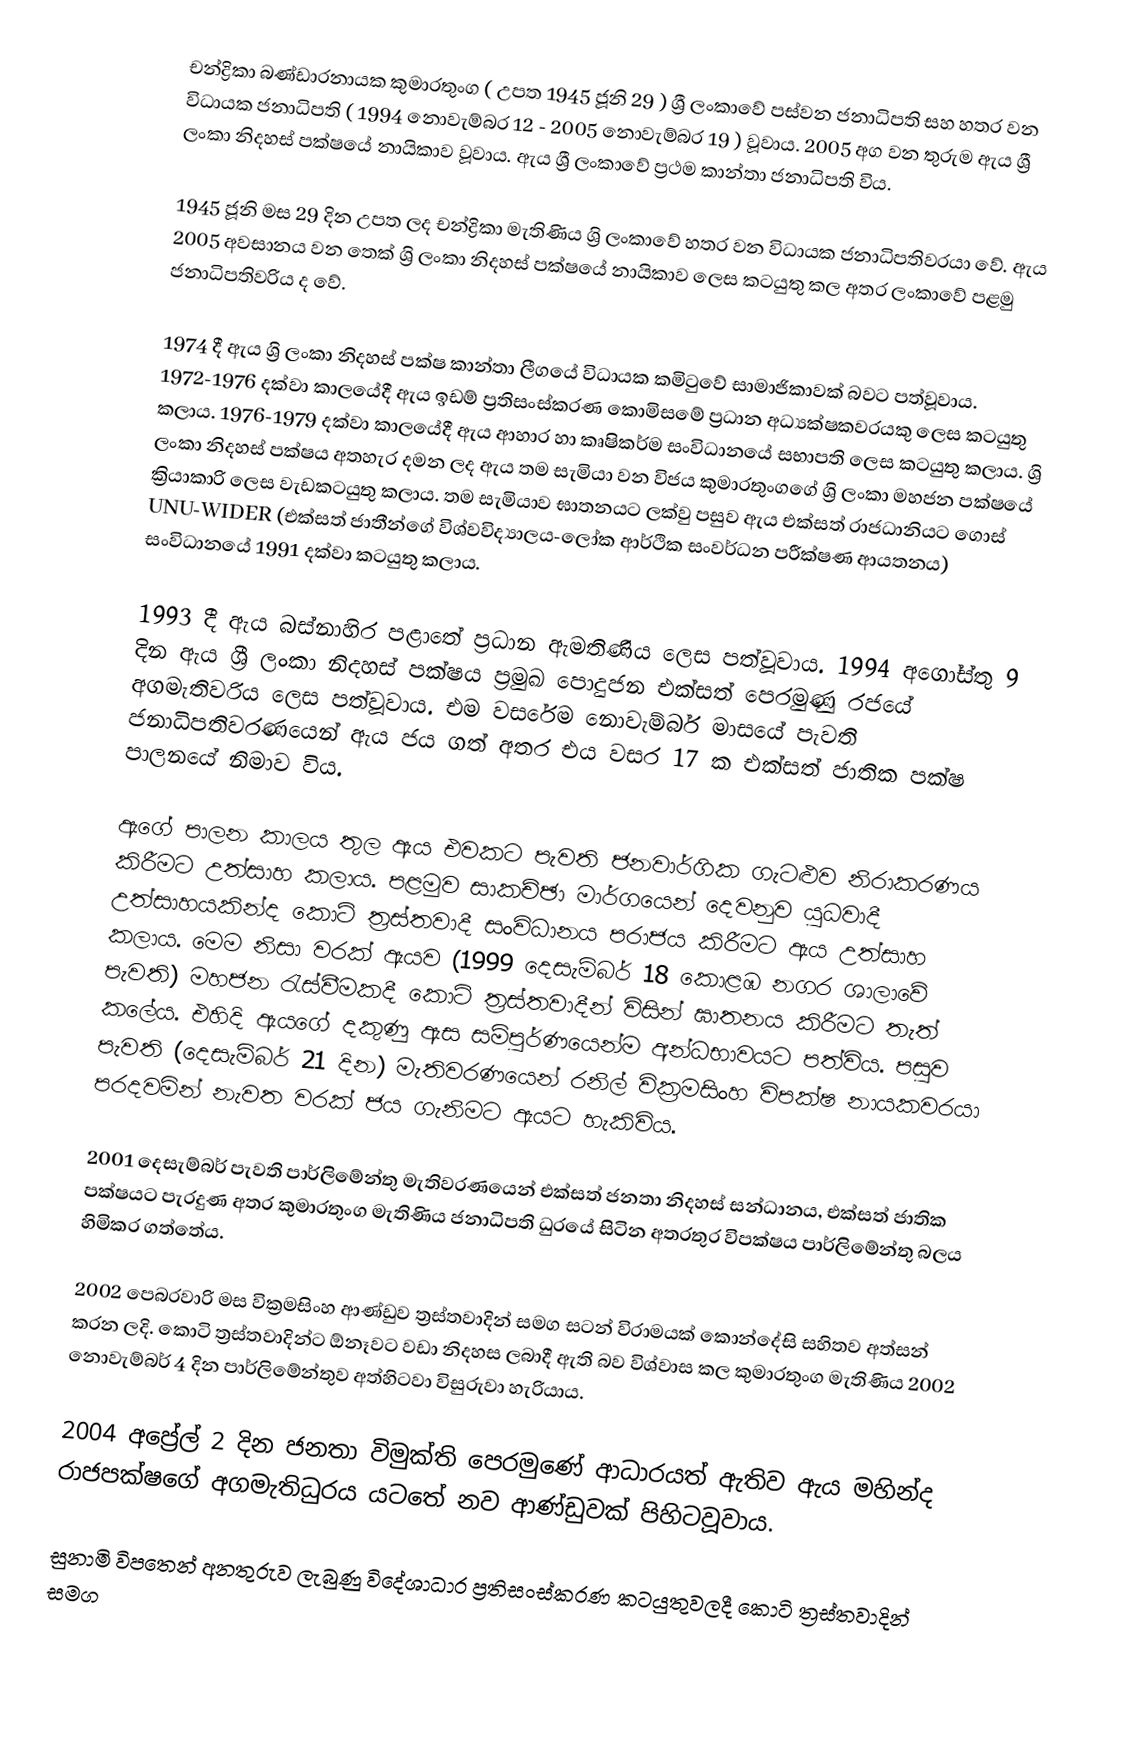
චන්ද්‍රිකා බණ්ඩාරනායක කුමාරතුංග ( උපත 1945 ජූනි  29 ) ශ්‍රී ලංකාවේ පස්වන ජනාධිපති සහ හතර වන විධායක ජනාධිපති ( 1994 නොවැම්බර 12  - 2005 නොවැම්බර 19  ) වූවාය. 2005 අග වන තුරුම ඇය  ශ්‍රී ලංකා නිදහස් පක්ෂයේ නායිකාව වූවාය. ඇය ශ්‍රී ලංකාවේ ප්‍රථම කාන්තා ජනාධිපති විය.

1945 ජූනි මස 29 දින උපත ලද චන්ද්‍රිකා මැතිණිය ශ්‍රි ලංකාවේ හතර වන විධායක ජනාධිපතිවරයා වේ. ඇය 2005 අවසානය වන තෙක් ශ්‍රි ලංකා නිදහස් පක්ෂයේ නායිකාව ලෙස කටයුතු කල අතර ලංකාවේ පළමු ජනාධිපතිවරිය ද වේ.

1974 දී ඇය ශ්‍රි ලංකා නිදහස් පක්ෂ කාන්තා ලීගයේ විධායක කමිටුවේ සාමාජිකාවක් බවට පත්වූවාය. 1972-1976 දක්වා කාලයේදී ඇය ඉඩම් ප්‍රතිසංස්කරණ කොමිසමේ ප්‍රධාන අධ්‍යක්ෂකවරයකු ලෙස කටයුතු කලාය. 1976-1979 දක්වා කාලයේදී ඇය ආහාර හා කෘෂිකර්ම සංවිධානයේ සභාපති ලෙස කටයුතු කලාය. ශ්‍රි ලංකා නිදහස් පක්ෂය අතහැර දමන ලද ඇය තම සැමියා වන විජය කුමාරතුංගගේ ශ්‍රි ලංකා මහජන පක්ෂයේ ක්‍රියාකාරි ලෙස වැඩකටයුතු කලාය. තම සැමියාව ඝාතනයට ලක්වු පසුව ඇය එක්සත් රාජධානියට ගොස් UNU-WIDER (එක්සත් ජාතීන්ගේ විශ්වවිද්‍යාලය-ලෝක ආර්ථික සංවර්ධන පරීක්ෂණ ආයතනය) සංවිධානයේ 1991 දක්වා කටයුතු කලාය.

1993 දී ඇය බස්නාහිර පළාතේ ප්‍රධාන ඇමතිණිය ලෙස පත්වූවාය. 1994 අගෝස්තු 9 දින ඇය ශ්‍රී ලංකා නිදහස් පක්ෂය ප්‍රමුඛ පොදුජන එක්සත් පෙරමුණු රජයේ අගමැතිවරිය ලෙස පත්වූවාය. එම වසරේම නොවැම්බර් මාසයේ පැවති ජනාධිපතිවරණයෙන් ඇය ජය ගත් අතර එය වසර 17 ක එක්සත් ජාතික පක්ෂ පාල‍නයේ නිමාව විය.

ඇගේ පාලන කාලය තුල ඇය එවකට පැවති ජනවාර්ගික ගැටළුව නිරාකරණය කිරීමට උත්සාහ කලාය. පළමුව සාකච්ඡා මාර්ගයෙන් දෙවනුව යුධවාදී උත්සාහයකින්ද කොටි ත්‍රස්තවාදී සංවිධානය පරාජය කිරීමට ඇය උත්සාහ කලාය. මෙම නිසා වරක් ඇයව (1999 දෙසැම්බර් 18 කොළඹ නගර ශාලාවේ පැවති) මහජන රැස්වීමකදී කොටි ත්‍රස්තවාදීන් විසින් ඝාතනය කිරීමට තැත් කලේය. එහිදි ඇයගේ දකුණු ඇස සම්පුර්ණයෙන්ම අන්ධභාවයට පත්විය. පසුව පැවති (දෙසැම්බර් 21 දින) මැතිවරණයෙන් රනිල් වික්‍රමසිංහ විපක්ෂ නායකවරයා පරදවමින් නැවත වරක් ජය ගැනිමට ඇයට හැකිවිය.

2001 දෙසැම්බර් පැවති පාර්ලිමේන්තු මැතිවරණයෙන් එක්සත් ජනතා නිදහස් සන්ධානය, එක්සත් ජාතික පක්ෂයට පැරදුණ අතර කුමාරතුංග මැතිණිය ජනාධිපති ධුරයේ සිටින අතරතුර විපක්ෂය පාර්ලිමේන්තු බලය හිමිකර ගත්තේය.

2002 පෙබරවාරි මස වික්‍රමසිංහ ආණ්ඩුව ත්‍රස්තවාදින් සමග සටන් විරාමයක් කොන්දේසි සහිතව අත්සන් කරන ලදි. කොටි ත්‍රස්තවාදින්ට ඕනෑවට වඩා නිදහස ලබාදී ඇති බව විශ්වාස කල කුමාරතුංග මැතිණිය 2002 නොවැම්බර් 4 දින පාර්ලිමේන්තුව අත්හිටවා විසුරුවා හැරියාය.

2004 අ‍ප්‍රේල් 2 දින ජනතා විමුක්ති පෙරමුණේ ආධාරයත් ඇතිව ඇය මහින්ද රාජපක්ෂගේ අගමැතිධුරය යටතේ නව ආණ්ඩුවක් පිහිටවූවාය.

සුනාමි විපතෙන් අනතුරුව ලැබුණු විදේශාධාර ප්‍රතිසංස්කරණ කටයුතුවලදී කොටි ත්‍රස්තවාදින් සමග